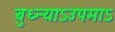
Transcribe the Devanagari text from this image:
बुध्न्याऽउपमाऽ